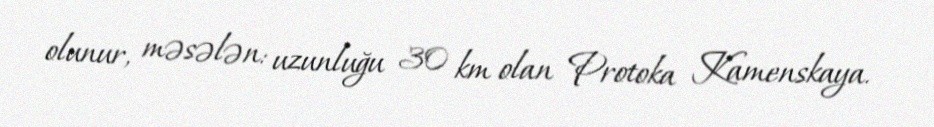
olunur, məsələn: uzunluğu 30 km olan Protoka Kamenskaya.